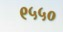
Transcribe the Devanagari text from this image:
९५५०